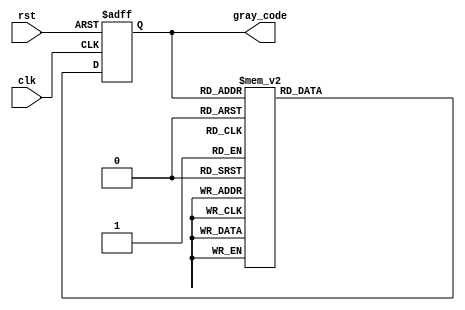
module gray_counter (
    input wire clk,
    input wire rst,
    output reg [3:0] gray_code
);

reg [3:0] count;

always @(posedge clk or posedge rst) begin
    if (rst) begin
        count <= 4'b0000;
    end else begin
        case(count)
            4'b0000: count <= 4'b0001;
            4'b0001: count <= 4'b0011;
            4'b0011: count <= 4'b0010;
            4'b0010: count <= 4'b0110;
            4'b0110: count <= 4'b0111;
            4'b0111: count <= 4'b0101;
            4'b0101: count <= 4'b0100;
            4'b0100: count <= 4'b1100;
            4'b1100: count <= 4'b1101;
            4'b1101: count <= 4'b1111;
            4'b1111: count <= 4'b1110;
            4'b1110: count <= 4'b1010;
            4'b1010: count <= 4'b1011;
            4'b1011: count <= 4'b1001;
            4'b1001: count <= 4'b1000;
            4'b1000: count <= 4'b0000;
        endcase
    end
end

assign gray_code = count;

endmodule